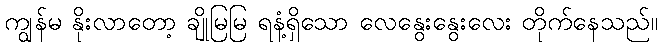
ကျွန်မ နိုးလာတော့ ချိုမြမြ ရနံ့ရှိသော လေနွေးနွေးလေး တိုက်နေသည်။